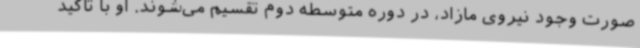
صورت وجود نیروی مازاد، در دوره متوسطه دوم تقسیم می‌شوند. او با تاکید